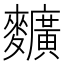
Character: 𪍿